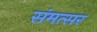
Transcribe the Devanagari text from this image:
संमत्सर